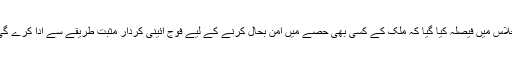
اجلاس میں فیصلہ کیا گیا کہ ملک کے کسی بھی حصے میں امن بحال کرنے کے لیے فوج آئینی کردار مثبت طریقے سے ادا کرے گی۔